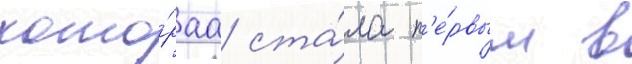
кото́раа ста́ла п'е́рвым в